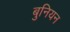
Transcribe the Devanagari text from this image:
बुनियन